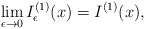
\begin{align*}\lim\limits_{\epsilon\to0}I_{\epsilon}^{(1)}(x)=I^{(1)}(x),\end{align*}